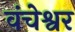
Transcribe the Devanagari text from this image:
वंचेश्वर